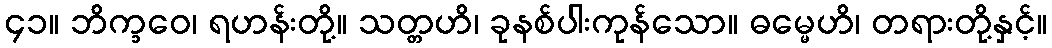
၄၁။ ဘိက္ခဝေ၊ ရဟန်းတို့။ သတ္တဟိ၊ ခုနစ်ပါးကုန်သော။ ဓမ္မေဟိ၊ တရားတို့နှင့်။